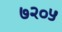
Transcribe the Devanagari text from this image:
७२०५